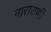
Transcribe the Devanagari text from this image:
नारायणीं